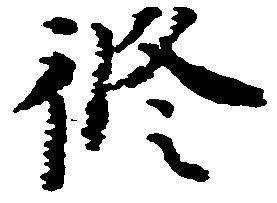
修